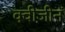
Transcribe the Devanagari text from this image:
क्वीज़ीन